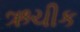
ઋચીક